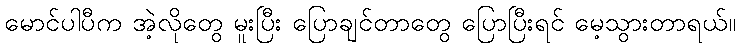
မောင်ပါပီက အဲ့လိုတွေ မူးပြီး ပြောချင်တာတွေ ပြောပြီးရင် မေ့သွားတာရယ်။